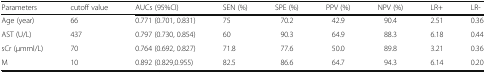
<table><thead><tr><td><b>Parameters</b></td><td><b>cutoff value</b></td><td><b>AUCs (95%CI)</b></td><td><b>SEN (%)</b></td><td><b>SPE (%)</b></td><td><b>PPV (%)</b></td><td><b>NPV (%)</b></td><td><b>LR+</b></td><td><b>LR-</b></td></tr></thead><tbody><tr><td>Age (year)</td><td>66</td><td>0.771 (0.701, 0.831)</td><td>75</td><td>70.2</td><td>42.9</td><td>90.4</td><td>2.51</td><td>0.36</td></tr><tr><td>AST (U/L)</td><td>437</td><td>0.797 (0.730, 0.854)</td><td>60</td><td>90.3</td><td>64.9</td><td>88.3</td><td>6.18</td><td>0.44</td></tr><tr><td>sCr (μmml/L)</td><td>70</td><td>0.764 (0.692, 0.827)</td><td>71.8</td><td>77.6</td><td>50.0</td><td>89.8</td><td>3.21</td><td>0.36</td></tr><tr><td>M</td><td>10</td><td>0.892 (0.829,0.955)</td><td>82.5</td><td>86.6</td><td>64.7</td><td>94.3</td><td>6.14</td><td>0.20</td></tr></tbody></table>